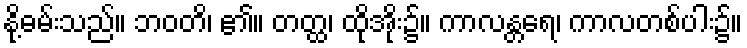
နို့ဓမ်းသည်။ ဘဝတိ၊ ၏။ တတ္ထ၊ ထိုအိုး၌။ ကာလန္တရေ၊ ကာလတစ်ပါး၌။